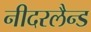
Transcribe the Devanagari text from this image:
नीदरलैन्ड